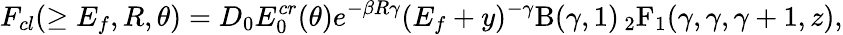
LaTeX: F_{cl}(\geq E_{f},R,\theta)=D_{0}E_{0}^{cr}(\theta)e^{-\beta R\gamma}(E_{f}+y)^{-\gamma}\mathrm{B}(\gamma,1)\, {_2\mathrm{F}_{1}}(\gamma,\gamma,\gamma+1,z),